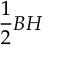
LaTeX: { \frac { 1 } { 2 } } B H